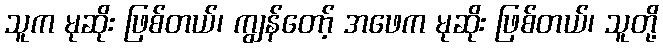
သူက မုဆိုး ဖြစ်တယ်၊ ကျွန်တော့် အဖေက မုဆိုး ဖြစ်တယ်၊ သူတို့